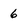
Character: 6